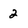
Character: 2